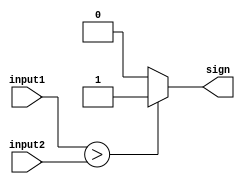
module comparator (input1, input2, sign);

input [7:0] input1;
input [7:0] input2;
output sign;
reg sign;

always @( input1 or input2 )
begin	
	if( input1 > input2 )
         sign = 1;
	else
	 sign = 0;
end
endmodule